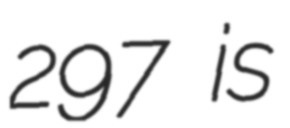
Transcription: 297 is